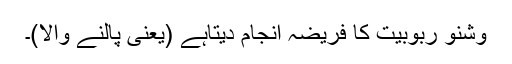
وشنو ربوبیت کا فریضہ انجام دیتاہے (یعنی پالنے والا)۔